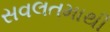
સવલતમાથી